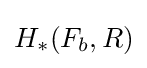
H_{*}(F_{b},R)